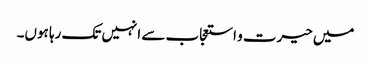
میں حیرت و استعجاب سے انہیں تک رہا ہوں۔